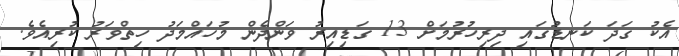
އެކު ގަދަ ކަނޑުގައި ދިރިހުރުމަށް 13 ގަޑިއިރު ވަންދެން މުހައްމަދު ހިތްވަރު ކުރިއެވެ.